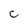
Character: C